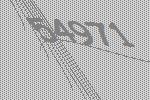
54971